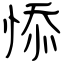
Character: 悿